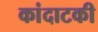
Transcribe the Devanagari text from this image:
कांदाटकी